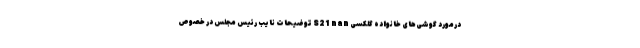
درمورد گوشی‌های خانواده گلکسی S21 nan توضیحات نایب رئیس مجلس در خصوص